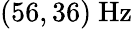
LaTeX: (56,36)\ \mathrm{Hz}